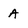
Character: A